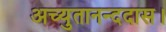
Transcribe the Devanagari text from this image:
अच्युतानन्ददास।